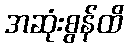
အဆုံးစွန်ထိ